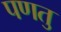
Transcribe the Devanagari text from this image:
पणतु